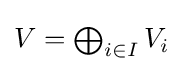
{\textstyle V=\bigoplus _{i\in I}V_{i}}